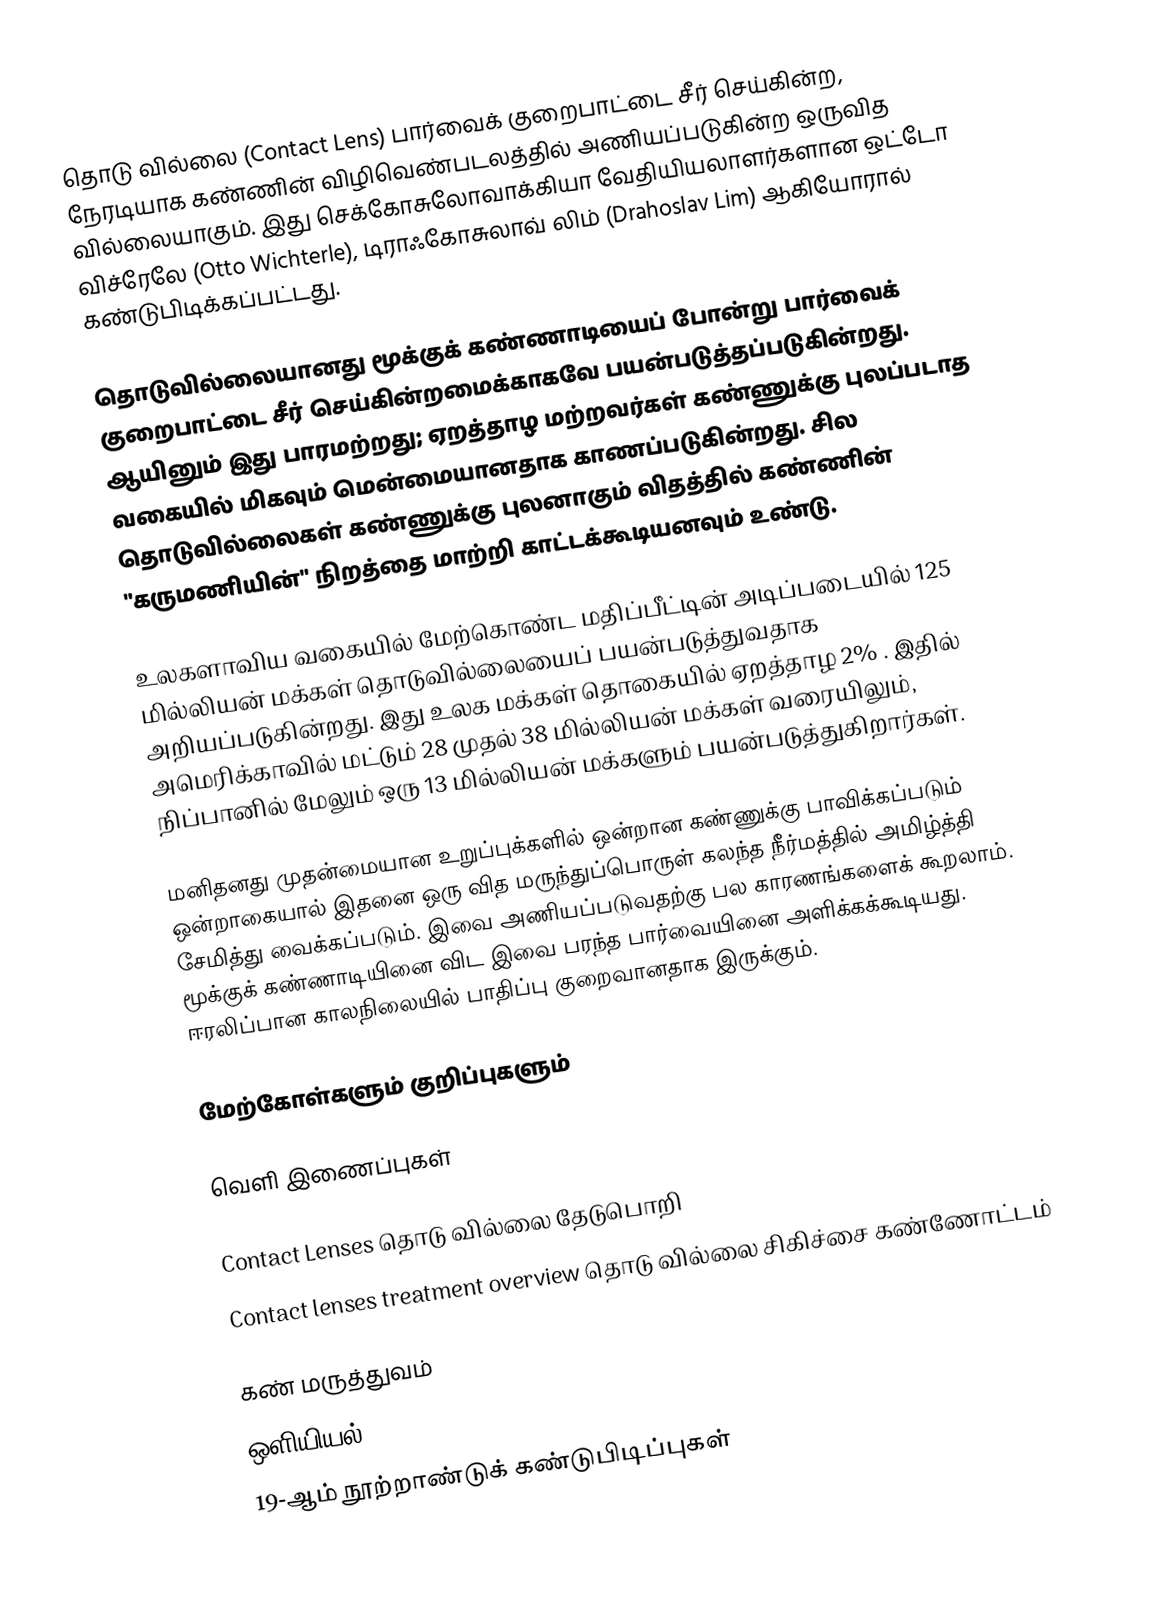
தொடு வில்லை (Contact Lens) பார்வைக் குறைபாட்டை சீர் செய்கின்ற, நேரடியாக கண்ணின் விழிவெண்படலத்தில் அணியப்படுகின்ற ஒருவித வில்லையாகும். இது செக்கோசுலோவாக்கியா வேதியியலாளர்களான ஒட்டோ விச்ரேலே (Otto Wichterle), டிராஃகோசுலாவ் லிம் (Drahoslav Lim) ஆகியோரால் கண்டுபிடிக்கப்பட்டது.

தொடுவில்லையானது மூக்குக் கண்ணாடியைப் போன்று பார்வைக் குறைபாட்டை சீர் செய்கின்றமைக்காகவே பயன்படுத்தப்படுகின்றது. ஆயினும் இது பாரமற்றது; ஏறத்தாழ மற்றவர்கள் கண்ணுக்கு புலப்படாத வகையில் மிகவும் மென்மையானதாக காணப்படுகின்றது. சில தொடுவில்லைகள் கண்ணுக்கு புலனாகும் விதத்தில் கண்ணின் "கருமணியின்" நிறத்தை மாற்றி காட்டக்கூடியனவும் உண்டு.

உலகளாவிய வகையில் மேற்கொண்ட மதிப்பீட்டின் அடிப்படையில் 125 மில்லியன் மக்கள் தொடுவில்லையைப் பயன்படுத்துவதாக அறியப்படுகின்றது. இது உலக மக்கள் தொகையில் ஏறத்தாழ 2% . இதில் அமெரிக்காவில் மட்டும் 28 முதல் 38 மில்லியன் மக்கள் வரையிலும், நிப்பானில் மேலும் ஒரு 13 மில்லியன் மக்களும் பயன்படுத்துகிறார்கள்.

மனிதனது முதன்மையான உறுப்புக்களில் ஒன்றான கண்ணுக்கு பாவிக்கப்படும் ஒன்றாகையால் இதனை ஒரு வித மருந்துப்பொருள் கலந்த நீர்மத்தில் அமிழ்த்தி சேமித்து வைக்கப்படும். இவை அணியப்படுவதற்கு பல காரணங்களைக் கூறலாம். மூக்குக் கண்ணாடியினை விட இவை பரந்த பார்வையினை அளிக்கக்கூடியது. ஈரலிப்பான காலநிலையில் பாதிப்பு குறைவானதாக இருக்கும்.

மேற்கோள்களும் குறிப்புகளும்

வெளி இணைப்புகள்

Contact Lenses  தொடு வில்லை தேடுபொறி
Contact lenses treatment overview  தொடு வில்லை சிகிச்சை கண்ணோட்டம்

கண் மருத்துவம்
ஒளியியல்
19-ஆம் நூற்றாண்டுக் கண்டுபிடிப்புகள்